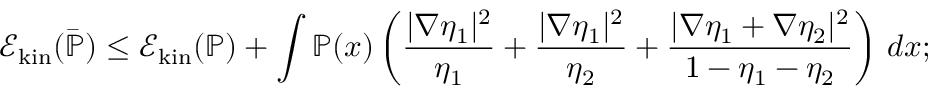
\mathcal E _ { \mathrm { k i n } } ( \bar { \mathbb { P } } ) \leq \mathcal E _ { \mathrm { k i n } } ( \mathbb { P } ) + \int \mathbb { P } ( x ) \left( \frac { | \nabla \eta _ { 1 } | ^ { 2 } } { \eta _ { 1 } } + \frac { | \nabla \eta _ { 1 } | ^ { 2 } } { \eta _ { 2 } } + \frac { | \nabla \eta _ { 1 } + \nabla \eta _ { 2 } | ^ { 2 } } { 1 - \eta _ { 1 } - \eta _ { 2 } } \right) \, d x ;